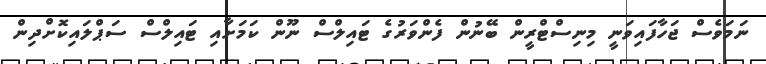
ނަމަވެސް ޖަހާފައިވަނީ މިނިސްޓްރީން ބޭނުން ފެންވަރުގެ ޓައިލްސް ނޫން ކަމަށާއި ޓައިލްސް ސަޕްްލައިކޮށްދިން